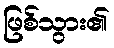
ဖြစ်သွား၏